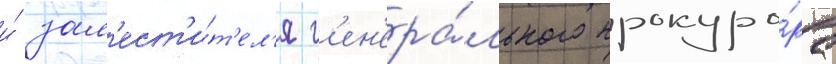
и́ зам'ест'и́т'ел'я г'ен'ера́льного прокуро́ра